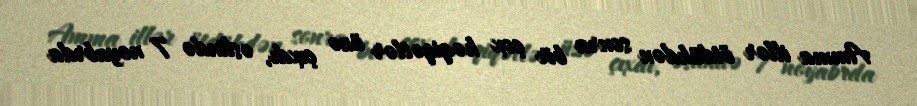
Amma illər ötdükdən sonra bir çox həqiqətlər üzə çıxdı, əslində 7 noyabrda